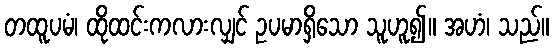
တထူပမံ၊ ထိုထင်းကလားလျှင် ဥပမာရှိသော သူဟူ၍။ အဟံ၊ သည်။